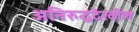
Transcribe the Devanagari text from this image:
अनिरुद्धदेखील